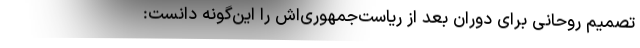
تصمیم روحانی برای دوران بعد از ریاست‌جمهوری‌اش را این‌گونه دانست: